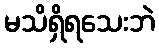
မသိရှိရသေးဘဲ